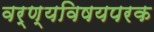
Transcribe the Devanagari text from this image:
वर्ण्यविषयपरक